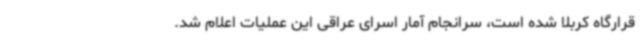
قرارگاه کربلا شده است، سرانجام آمار اسرای عراقی این عملیات اعلام شد.